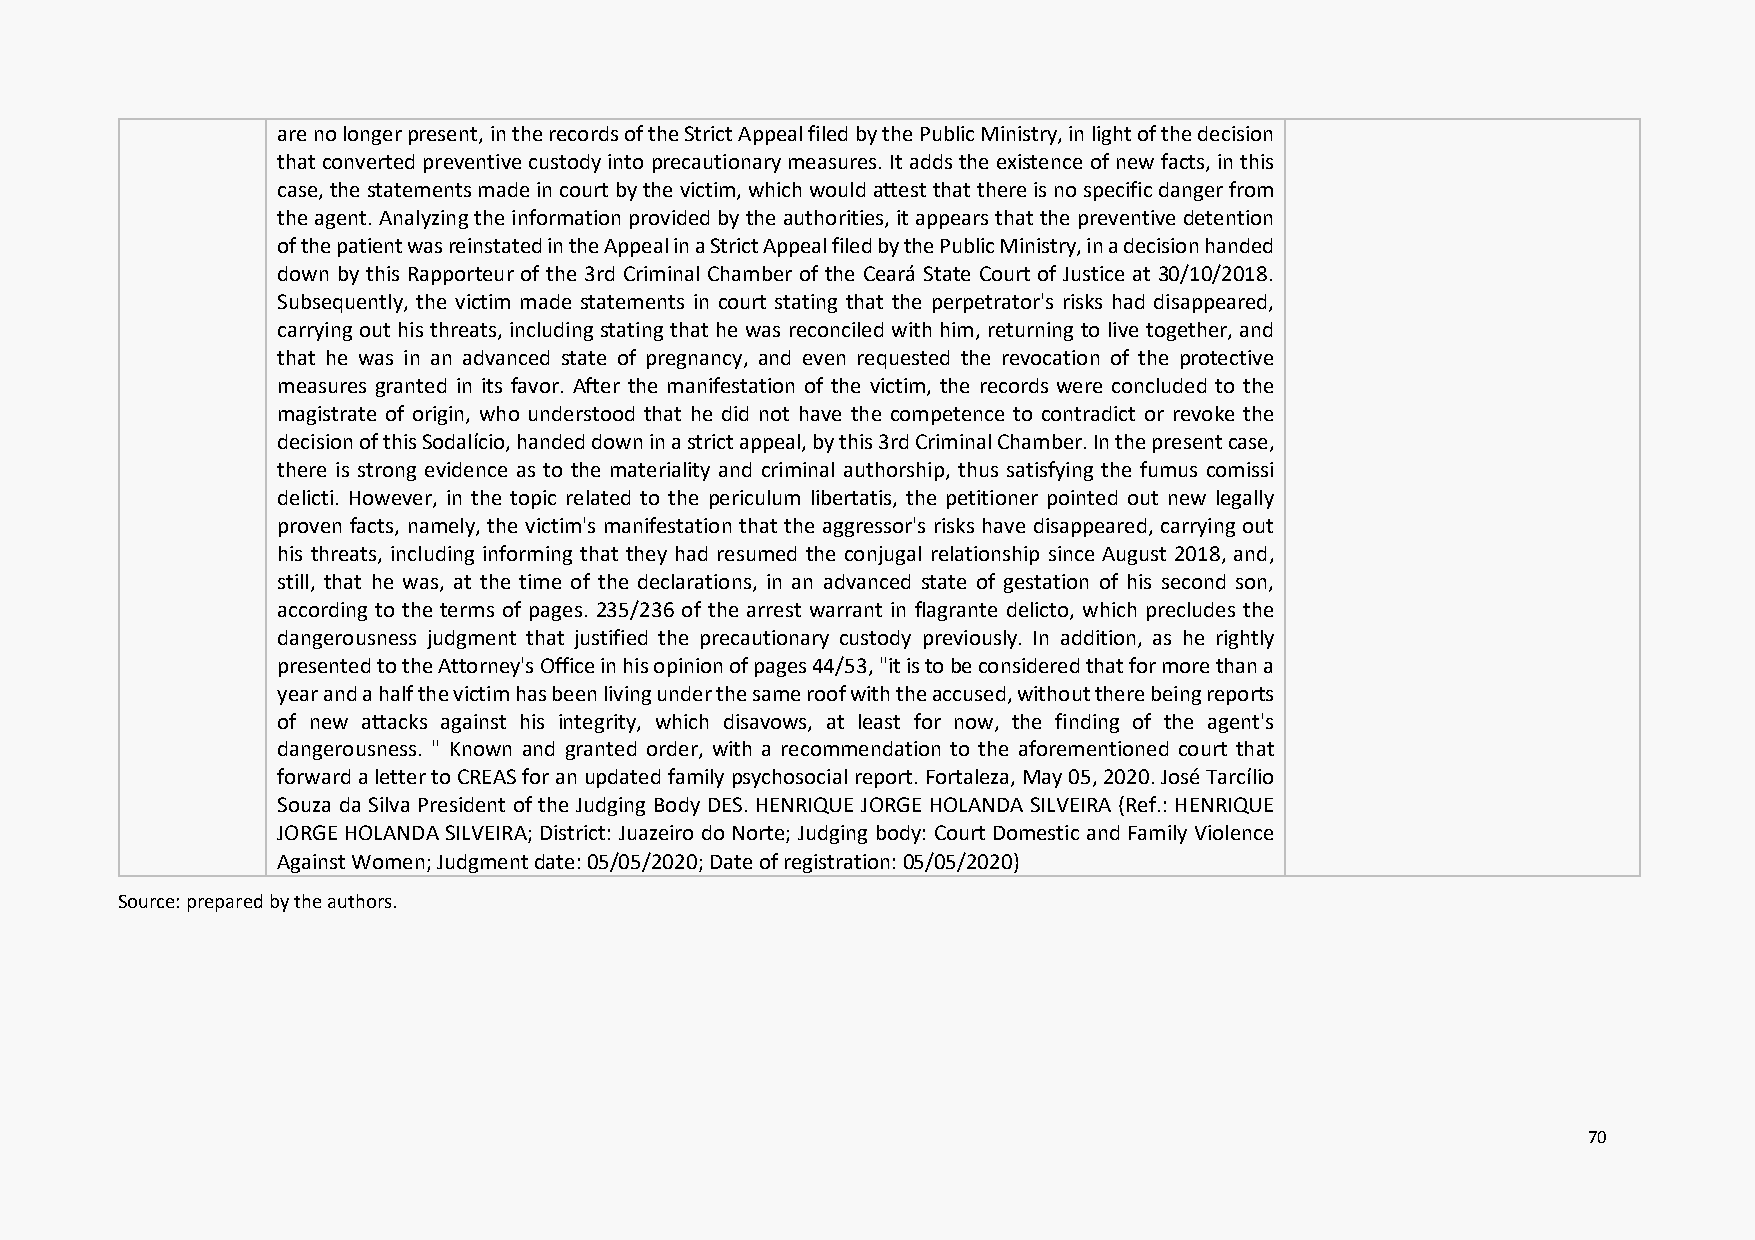
are no longer present, in the records of the Strict Appeal filed by the Public Ministry, in light of the decision
 that converted preventive custody into precautionary measures. It adds the existence of new facts, in this
 case, the statements made in court by the victim, which would attest that there is no specific danger from
 the agent. Analyzing the information provided by the authorities, it appears that the preventive detention
 of the patient was reinstated in the Appeal in a Strict Appeal filed by the Public Ministry, in a decision handed
 down by this Rapporteur of the 3rd Criminal Chamber of the Ceará State Court of Justice at 30/10/2018.
 Subsequently, the victim made statements in court stating that the perpetrator's risks had disappeared,
 carrying out his threats, including stating that he was reconciled with him, returning to live together, and
 that he was in an advanced state of pregnancy, and even requested the revocation of the protective
 measures granted in its favor. After the manifestation of the victim, the records were concluded to the
 magistrate of origin, who understood that he did not have the competence to contradict or revoke the
 decision of this Sodalício, handed down in a strict appeal, by this 3rd Criminal Chamber. In the present case,
 there is strong evidence as to the materiality and criminal authorship, thus satisfying the fumus comissi
 delicti. However, in the topic related to the periculum libertatis, the petitioner pointed out new legally
 proven facts, namely, the victim's manifestation that the aggressor's risks have disappeared, carrying out
 his threats, including informing that they had resumed the conjugal relationship since August 2018, and,
 still, that he was, at the time of the declarations, in an advanced state of gestation of his second son,
 according to the terms of pages. 235/236 of the arrest warrant in flagrante delicto, which precludes the
 dangerousness judgment that justified the precautionary custody previously. In addition, as he rightly
 presented to the Attorney's Office in his opinion of pages 44/53, "it is to be considered that for more than a
 year and a half the victim has been living under the same roof with the accused, without there being reports
 of new attacks against his integrity, which disavows, at least for now, the finding of the agent's
 dangerousness. " Known and granted order, with a recommendation to the aforementioned court that
 forward a letter to CREAS for an updated family psychosocial report. Fortaleza, May 05, 2020. José Tarcílio
 Souza da Silva President of the Judging Body DES. HENRIQUE JORGE HOLANDA SILVEIRA (Ref.: HENRIQUE
 JORGE HOLANDA SILVEIRA; District: Juazeiro do Norte; Judging body: Court Domestic and Family Violence
 Against Women; Judgment date: 05/05/2020; Date of registration: 05/05/2020)
 Source: prepared by the authors.
 70